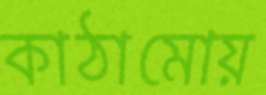
কাঠামোয়